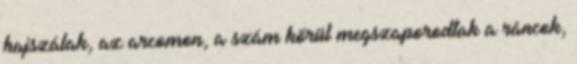
hajszálak, az arcomon, a szám körül megszaporodtak a ráncok,